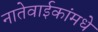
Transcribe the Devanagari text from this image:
नातेवाईकांमधे